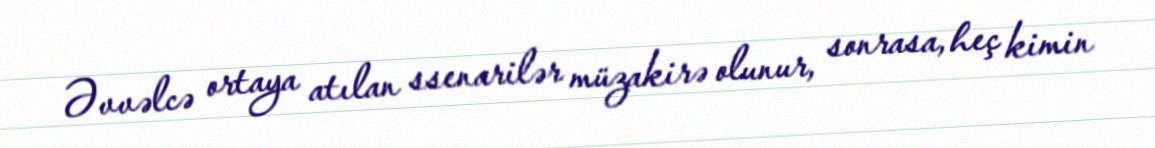
Əvvəlcə ortaya atılan ssenarilər müzakirə olunur, sonrasa, heç kimin